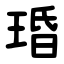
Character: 琘